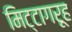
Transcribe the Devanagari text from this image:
मिट्टागरूह